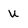
Character: u